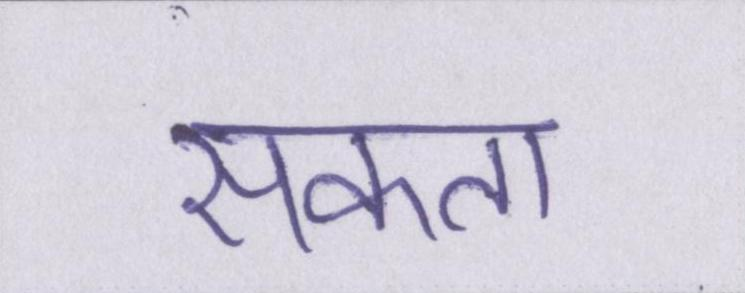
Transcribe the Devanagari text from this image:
सकता